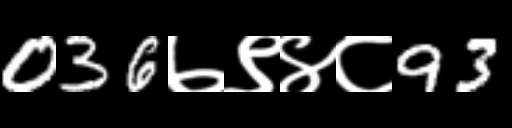
Text: 036७९४८93